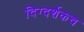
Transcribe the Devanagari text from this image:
दिग्दर्शकच